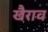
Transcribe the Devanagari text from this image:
खैराव